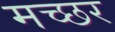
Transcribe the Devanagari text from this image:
मच्‍छर